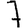
Digit: 7